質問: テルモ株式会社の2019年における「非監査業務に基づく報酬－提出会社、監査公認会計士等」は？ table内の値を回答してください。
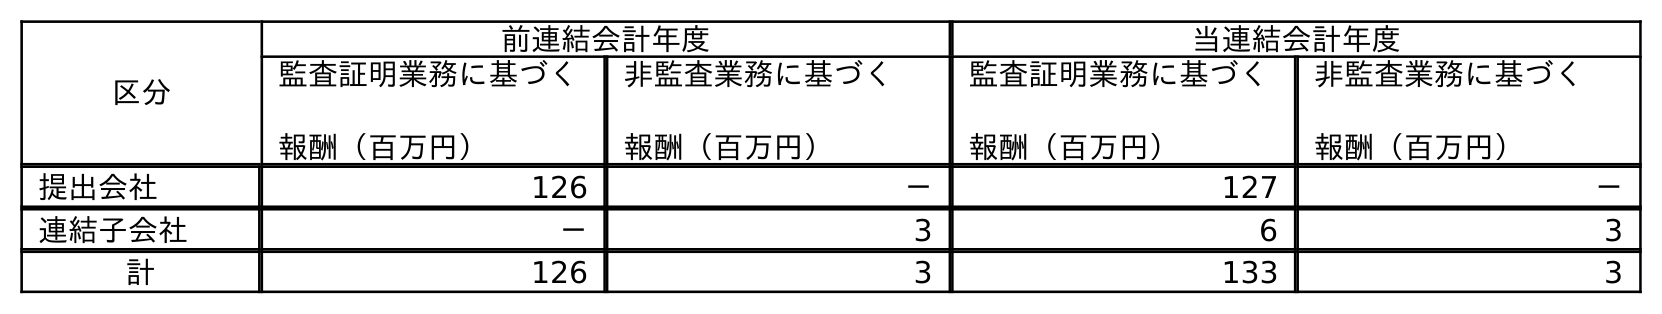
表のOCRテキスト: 区分 前連結会計年度 当連結会計年度 監査証明業務に基づく 報酬（百万円） 非監査業務に基づく 報酬（百万円） 監査証明業務に基づく 報酬（百万円） 非監査業務に基づく 報酬（百万円） 提出会社 126 － 127 － 連結子会社 － 3 6 3 計 126 3 133 3
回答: －